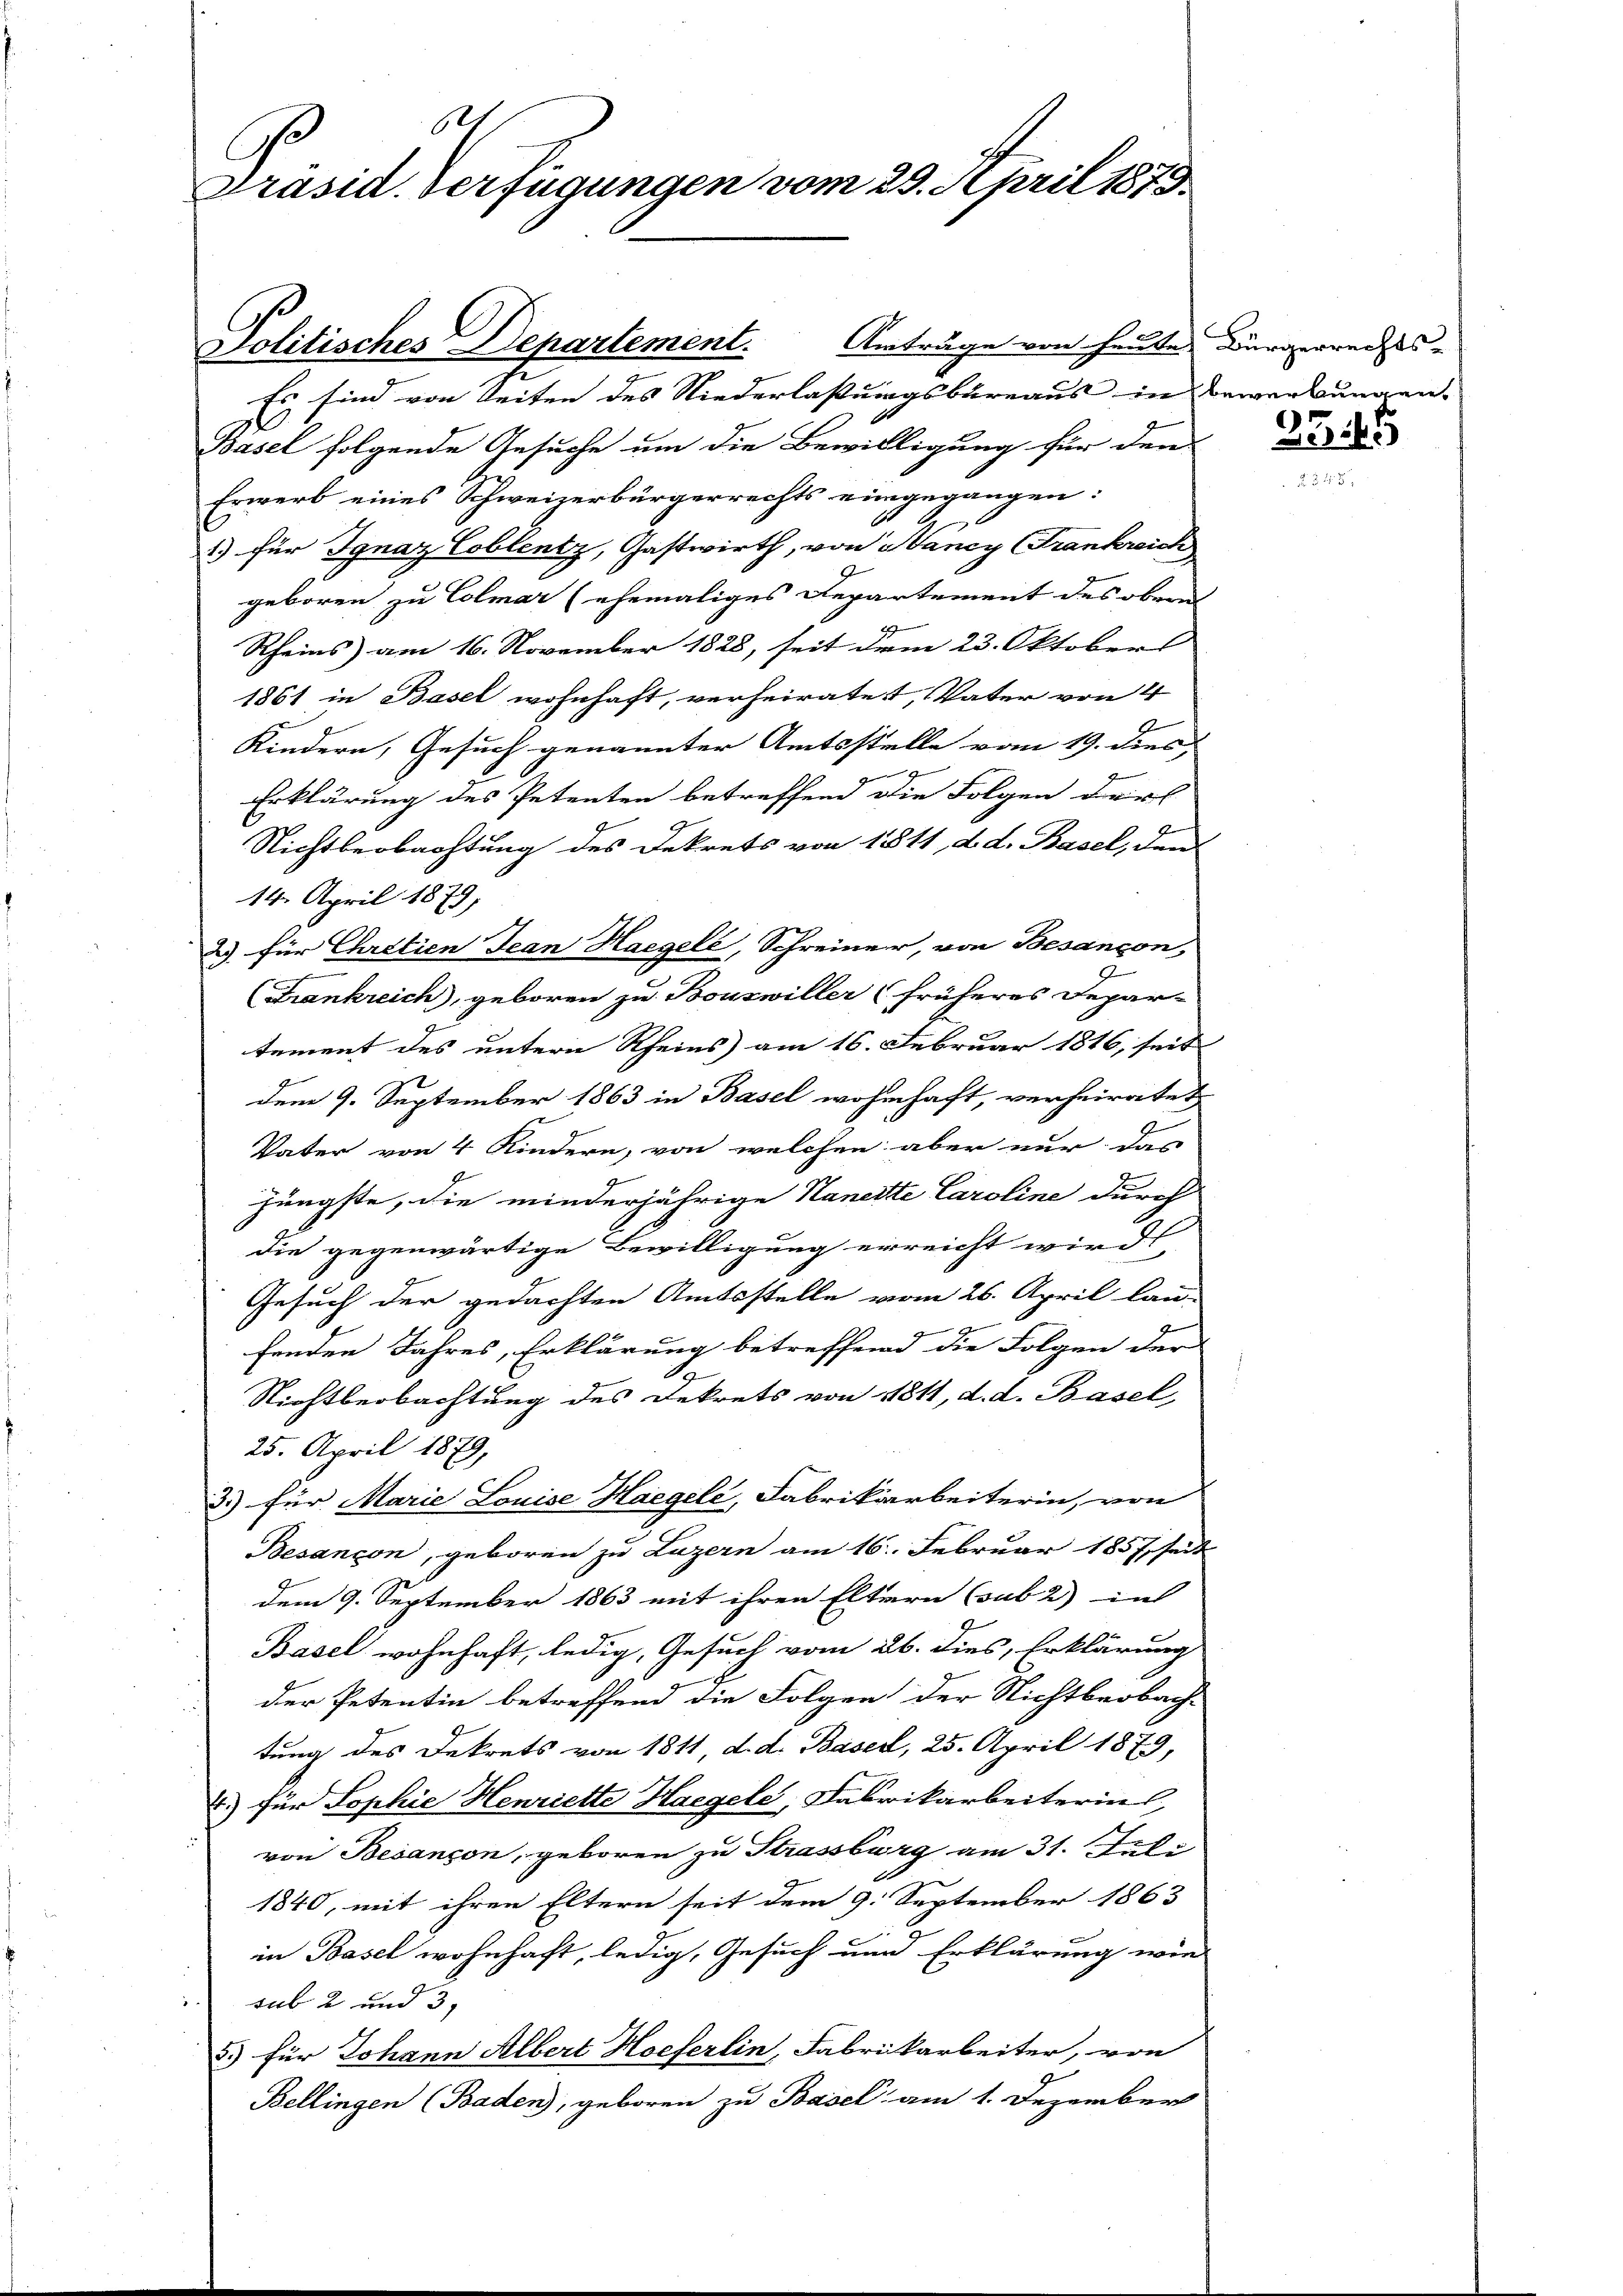
121
Präsid. Verfügungen vom 29. April 1873.

Amträge von heute. Bürgerrechts-
Es sind von Seiten des Niederlassungsbureaus in Bewerbungen.
Basel folgende Gesuche um die Bewilligung für den
Erwerb eines Schweizerbürgerrechts eingegangen.
1) für Ignaz Coblentz, Gastwirth, von Nancy (Frankreich
geboren zu Colmar (ehemaliges Repartement des ober
Rheins am 16. November 1828, seit dem 23. Oktobers
1861 in Basel wohnhaft, verheiratet, Vater von 4
Kindern, Gesuch genannter Amtsstelle vom 19. dies
Erklärung des Petenten betreffend die Folgen darf
Nichtbeobachtung des Dekrets von 1811, d. d. Basel, den
14. April 1879,
2) für Chretien Jean Hagelé, Schreiner, von Besançon,
(Frankreich, geboren zu Bouswiller (früheres Depar-
tement des untern Rheins am 16. Februar 1816, seit
dem 9. September 1863 in Basel wohnhaft, verheiratet
Vater von 4 Kindern, von welchen aber nur das
jüngste, die minderjährige Nanette Caroline durch
die gegenwärtige Bewilligung erreicht wird,
Gesuch der gedachten Amtsstelle vom 26. April lau-
fenden Jahres, Erklärung betreffend die Folgen der
d
Nichtbeobachtung des Dekrets von 1811, d. d. Basel,
25. April 1879,
33) für Marie Louise Haegele, Fabrikarbeiterin, von
Besançon, geboren zu Luzern am 16. Februar 1857 seit
dem 9. September 1863 mit ihren Eltern (sub 2) in
Basel wohnhaft, ledig, Gesuch vom ab. dies, Erklärung
der Petentin betreffend die Folgen der Nichtbeobach-
tung des Dekrets von 1811, d. d. Basel, 25. April 1879,
4.) für Sophie Henriette Haegele, Fabrikarbeiterin,
von Besançon, geboren zu Strassburg am 31. Juli
1840, mit ihren Eltern seit dem 9. September 1863
in Basel wohnhaft, ledig, Gesuch und Erklärung wie
al 2 und 5,
3.) Für Johann Albert Hoeferlin, Fabrikarbeiter, von
Bellingen (Baden, geboren zu Basel am 1. Dezember

Politisches Departement.

255